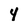
Character: 4